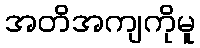
အတိအကျကိုမူ